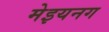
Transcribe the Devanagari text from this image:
मेइयनग